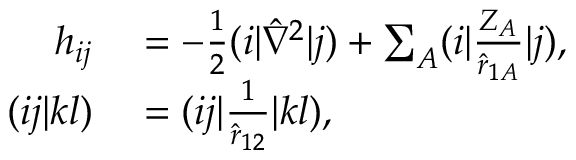
\begin{array} { r l } { h _ { i j } } & { { } = - \frac { 1 } { 2 } ( i | \hat { \nabla } ^ { 2 } | j ) + \sum _ { A } ( i | \frac { Z _ { A } } { \hat { r } _ { 1 A } } | j ) , } \\ { ( i j | k l ) } & { { } = ( i j | \frac { 1 } { \hat { r } _ { 1 2 } } | k l ) , } \end{array}